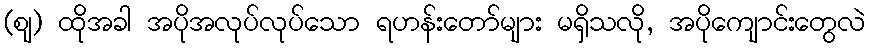
(ဈ) ထိုအခါ အပိုအလုပ်လုပ်သော ရဟန်းတော်များ မရှိသလို, အပိုကျောင်းတွေလဲ